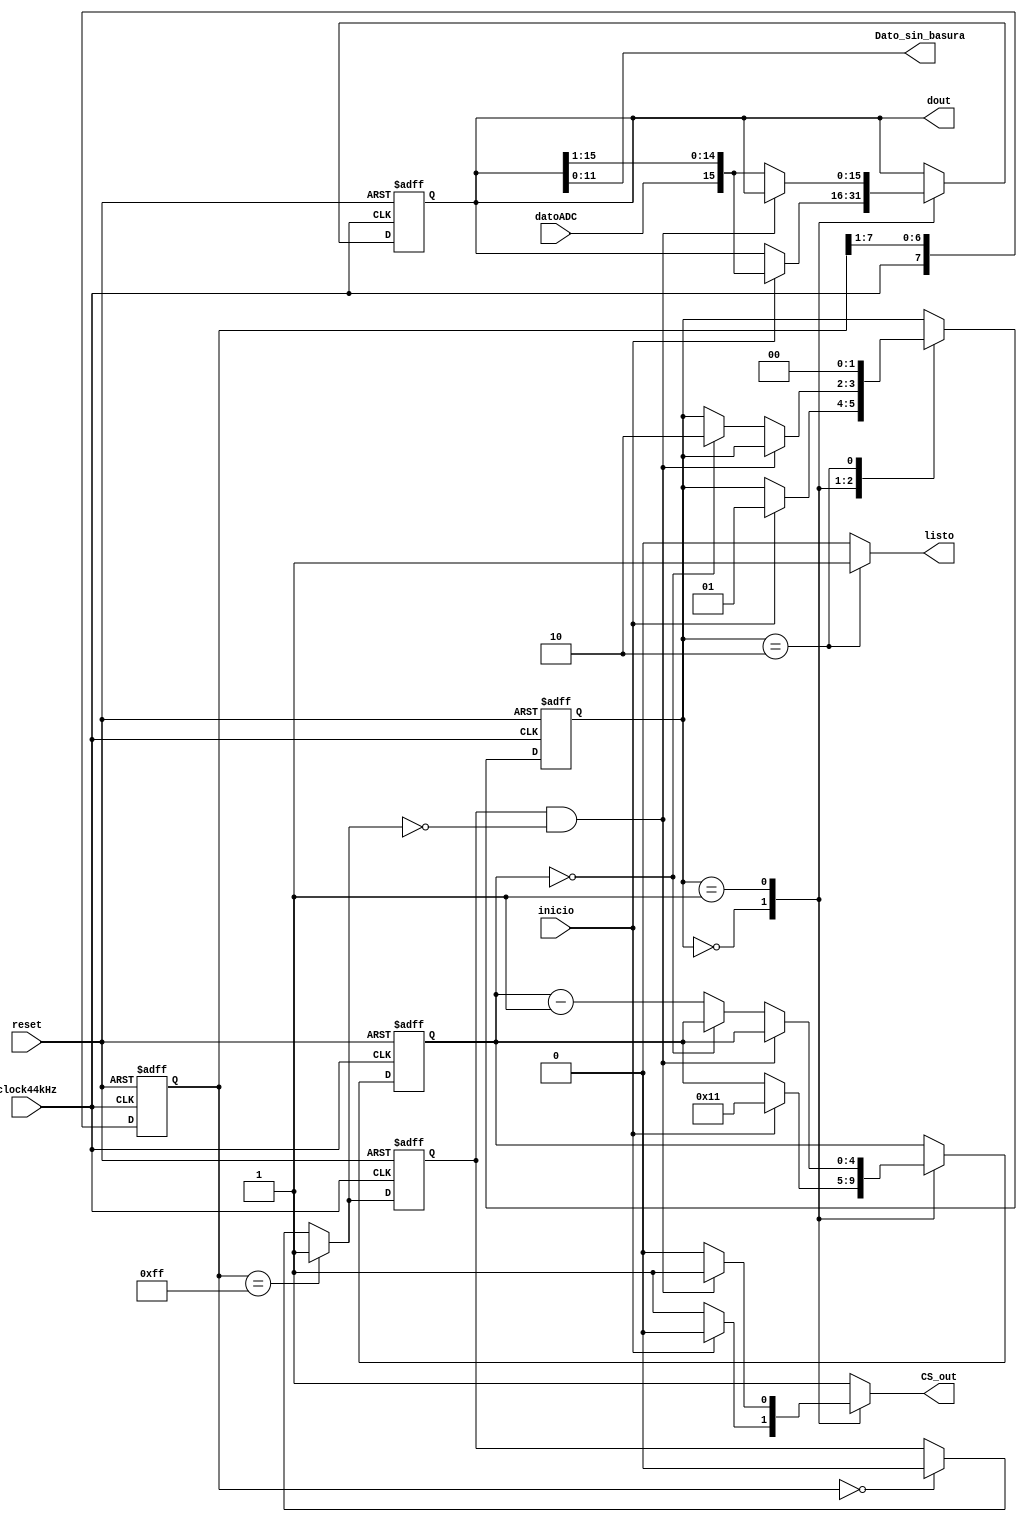
`timescale 1ns / 1ps
//////////////////////////////////////////////////////////////////////////////////
// Company: 
// Engineer: 
// 
// Design Name: 
// Module Name:    Recibir_ADC 
// Project Name: 
// Target Devices: 
// Tool versions: 
// Description: 
//
// Dependencies: 
//
// Revision: 
// Revision 0.01 - File Created
// Additional Comments: 
//
//////////////////////////////////////////////////////////////////////////////////
module Recibir_ADC #(parameter width =16)
	(input wire clock44kHz,reset,
	input wire datoADC,inicio,
	output wire [11:0] Dato_sin_basura,
	output wire [width-1:0] dout,
	output wire CS_out,
	output wire listo
    );
	 
	 //symbolic state declaration
	 
	 localparam [1:0]
	 idle = 2'b00,
	 dps  = 2'b01,
	 load = 2'b10;
	 
	 //Signal declaration
	 
	 reg [1:0] state_reg, state_next;
	 reg [4:0] n_reg, n_next;
	 reg [width-1:0] b_reg, b_next;
	 wire fall_edge;
	 reg f_ps2c_reg,CS,done;
	 wire f_ps2c_next;
	 reg [7:0] filter_reg;
	 wire [7:0] filter_next;
	  // body
	 //=================================================
	 // filter and falling edge tick generation for ps2c
	 //=================================================
	 
	 
	 always @ (posedge clock44kHz, posedge reset)
	 if (reset)
		begin
			filter_reg <= 0;
			f_ps2c_reg <= 0;
		end
	else
		begin
			filter_reg <= filter_next;
			f_ps2c_reg <= f_ps2c_next;
		end
	
	assign filter_next = {clock44kHz,filter_reg[7:1]};
	assign f_ps2c_next = (filter_reg==8'b11111111) ? 1'b1:
								(filter_reg==8'b00000000) ? 1'b0:
								f_ps2c_reg;
								
	assign fall_edge = f_ps2c_reg & ~f_ps2c_next;
	

	//====================================================
	//FSMD
	//====================================================
	//FSMD state & data registers

		always @ (posedge clock44kHz, posedge reset)
			if (reset)
				begin
					state_reg <= idle;
					n_reg <= 0;
					b_reg <= 0;
				end
			else
				begin
					state_reg <= state_next;
					n_reg <= n_next;
					b_reg <= b_next;
				end
				
	// FSMD next-state logic
	always @*
		begin 
			state_next = state_reg;
			n_next = n_reg;
			b_next = b_reg;
			CS = 1'b1;
			done =0;
			
			case (state_reg)
				idle:
					if (inicio && CS)
						begin 
							//shift in start bit
							b_next = {datoADC, b_reg[width-1:1]};
							n_next = 5'b10001;
							CS = 1'b0;
							state_next = dps;
						end
				dps: //8 data + 1 parity + 1 stop
					if (~fall_edge)
						begin
							CS = 1'b0;
							b_next = {datoADC, b_reg[width-1:1]};
							if (n_reg==0)
								state_next = load;
							else
								n_next = n_reg - 1;
							end
					load: // 1 extra clock to complete the last shift
						begin
							state_next = idle;
							CS = 1'b1;
							done = 1'b1;
						end
				endcase
			end
			
			//output
			
			assign CS_out = CS;
			assign dout = b_reg; // data bits
			assign listo = done;
			assign Dato_sin_basura = b_reg[11:0];
endmodule